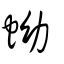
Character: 蚴